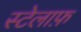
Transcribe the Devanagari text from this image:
स्टेलाफ़